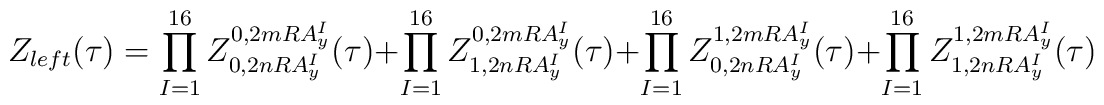
Z_{left}(\tau) = \prod_{I=1}^{16}Z^{0,2mRA_y^I}_{0,2nRA_y^I}(\tau)                +\prod_{I=1}^{16}Z^{0,2mRA_y^I}_{1,2nRA_y^I}(\tau)                +\prod_{I=1}^{16}Z^{1,2mRA_y^I}_{0,2nRA_y^I}(\tau)                +\prod_{I=1}^{16}Z^{1,2mRA_y^I}_{1,2nRA_y^I}(\tau)